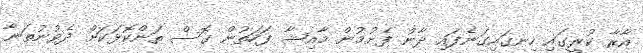
އާރާ ކުރީގައި ހިނގައިގަނެފައި ދާން ފެށުމުން މާއިޝާ ފަހަތުން ގޮސް ތަންކޮޅަކަށް ދެވުނުތަނާ